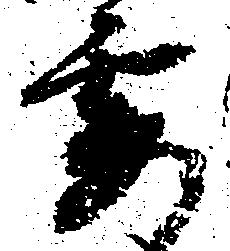
要